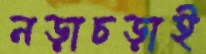
নড়াচড়াই